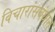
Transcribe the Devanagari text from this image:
विचारांसंबंधात